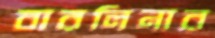
বারলিনার